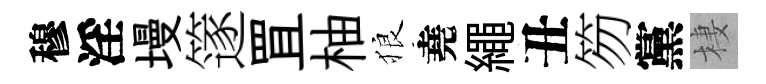
穆淫墁篴罝柚狼堯繩丑笏黨棲